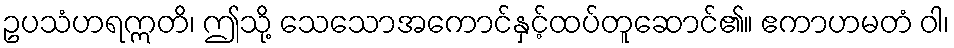
ဥပသံဟရဣတိ၊ ဤသို့ သေသောအကောင်နှင့်ထပ်တူဆောင်၏။ ဧကာဟမတံ ဝါ၊